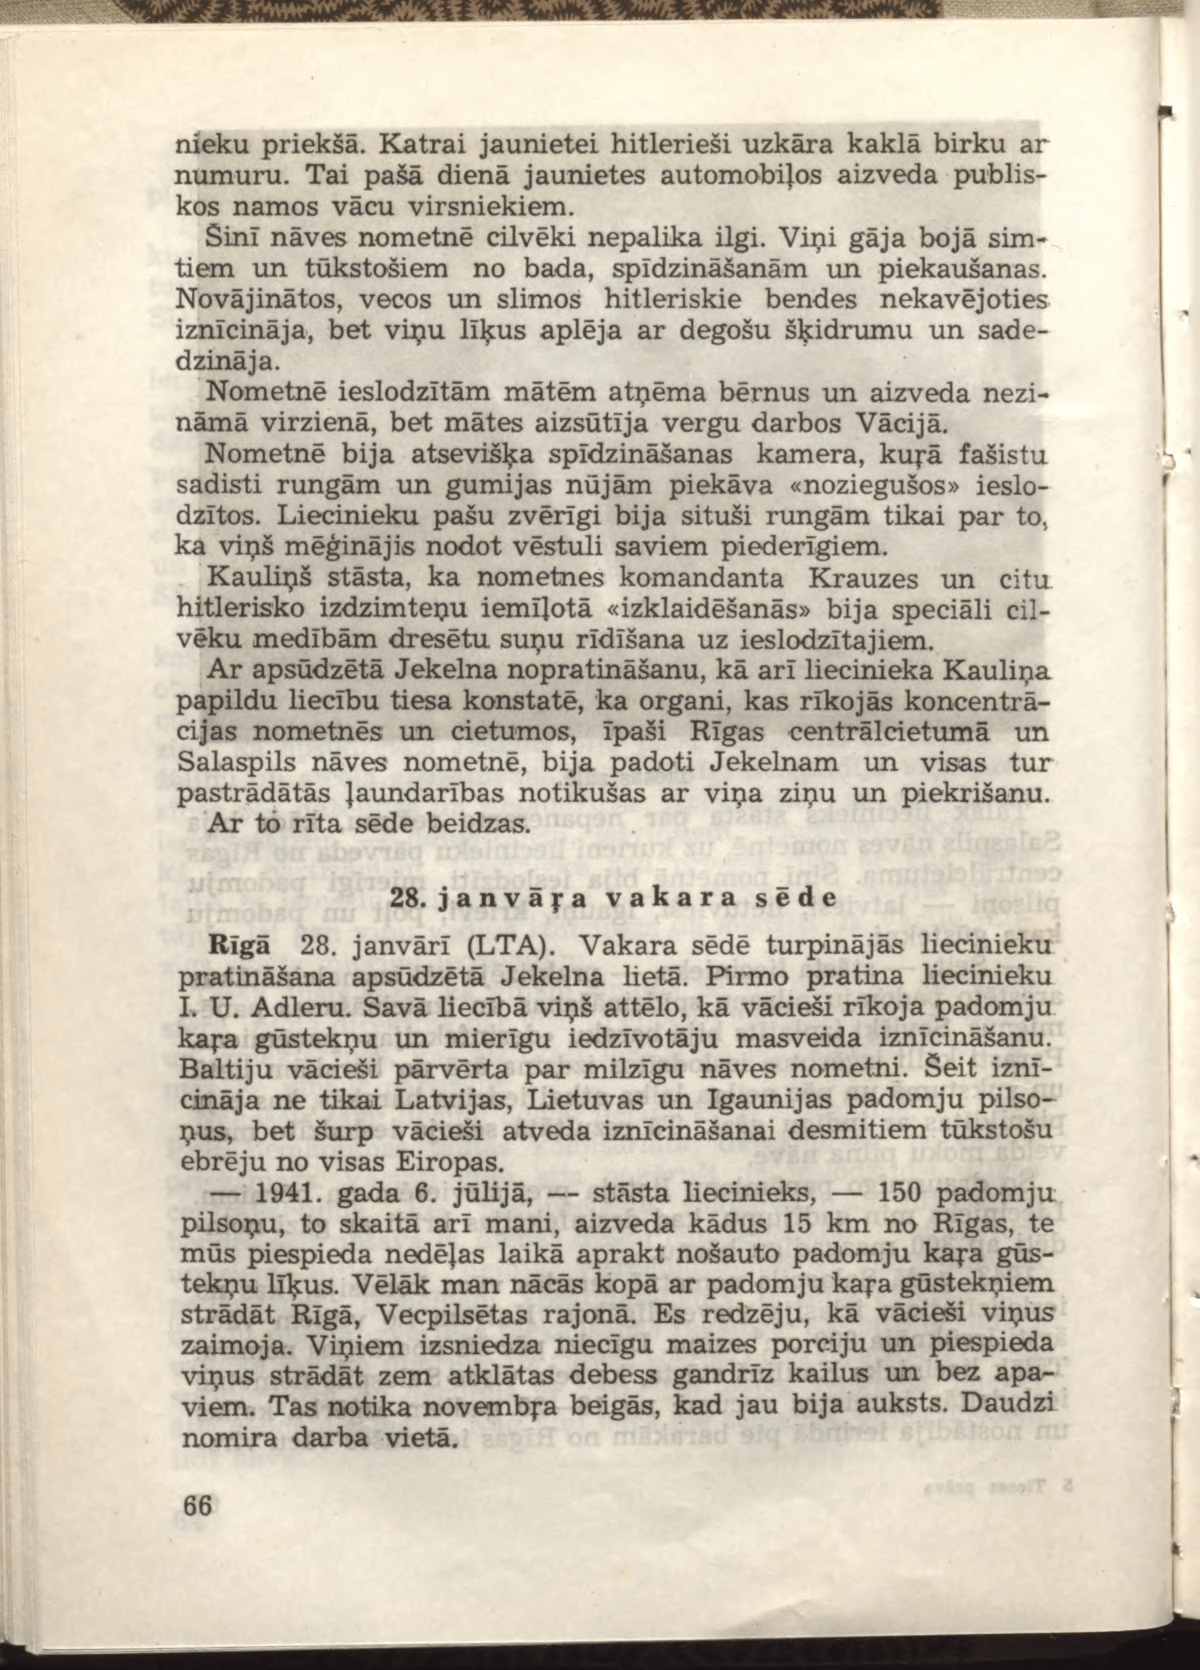
Language: lv